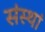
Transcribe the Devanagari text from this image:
संस्थां